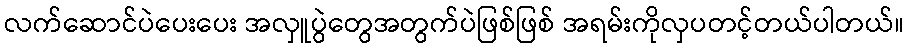
လက်ဆောင်ပဲပေးပေး အလှူပွဲတွေအတွက်ပဲဖြစ်ဖြစ် အရမ်းကိုလှပတင့်တယ်ပါတယ်။